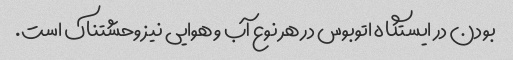
بودن در ایستگاه اتوبوس در هر نوع آب و هوایی نیز وحشتناک است.